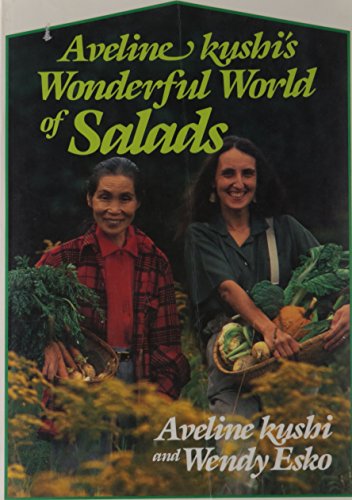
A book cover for Aveline Kushi's Wonderful World of Salads; Aveline Kushi; Cookbooks, Food & Wine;